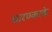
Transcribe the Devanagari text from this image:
धारण्करके